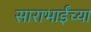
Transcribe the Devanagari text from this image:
साराभाईंच्या